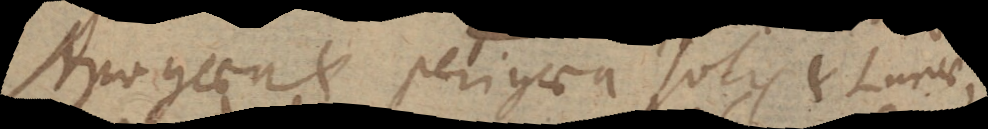
Apogaea et perigaea solis et Lunae,